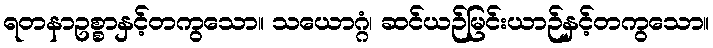
ရတနာဥစ္စာနှင့်တကွသော။ သယောဂ္ဂံ၊ ဆင်ယဉ်မြင်းယာဉ်နှင့်တကွသော။